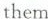
them